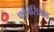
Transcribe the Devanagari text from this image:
फोनेसिआइ